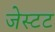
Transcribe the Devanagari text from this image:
जेस्टट